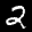
Label: 2